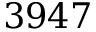
3 9 4 7